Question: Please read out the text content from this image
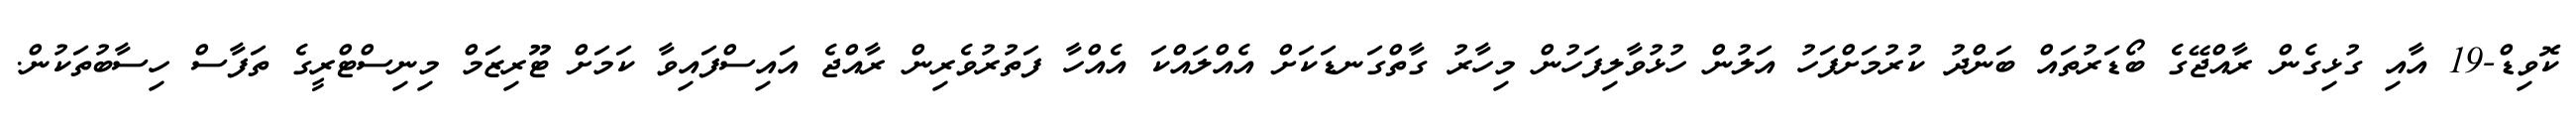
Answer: ކޮވިޑް-19 އާއި ގުޅިގެން ރާއްޖޭގެ ބޯޑަރުތައް ބަންދު ކުރުމަށްފަހު އަލުން ހުޅުވާލިފަހުން މިހާރު ގާތްގަނޑަކަށް އެއްލައްކަ އެއްހާ ފަތުރުވެރިން ރާއްޖެ އައިސްފައިވާ ކަމަށް ޓޫރިޒަމް މިނިސްޓްރީގެ ތަފާސް ހިސާބުތަކުން.